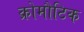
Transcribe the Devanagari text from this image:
क्रोमौटिक